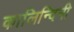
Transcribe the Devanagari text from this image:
कालिन्दिनी